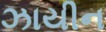
ઝાયીન